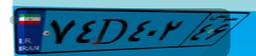
۷۴D۴۰۲۴۶